Indian journal of veterinary science and animal husbandry - Volumes 22-23, 1952-1953
Year: 1952
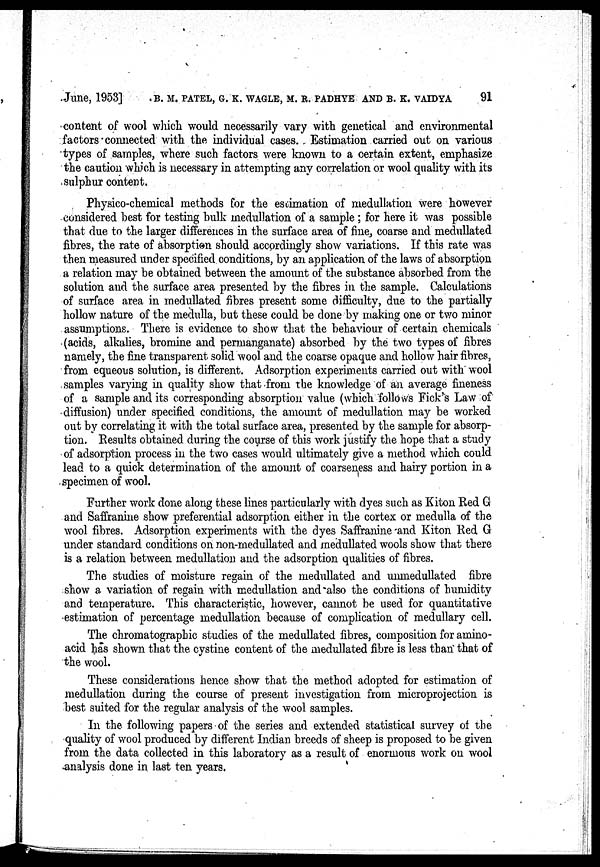
June, 1953] B. M. PATEL, G. K. WAGLE, M. R. PADHYE AND B. K. VAIDYA 91
content of wool which would necessarily vary with genetical and environmental
factors connected with the individual cases. Estimation carried out on various
types of samples, where such factors were known to a certain extent, emphasize
the caution which is necessary in attempting any correlation or wool quality with its
sulphur content.
Physico-chemical methods for the estimation of medullation were however
considered best for testing bulk medullation of a sample ; for here it was possible
that due to the larger differences in the surface area of fine, coarse and medullated
fibres, the rate of absorption should accordingly show variations. If this rate was
then measured under specified conditions, by an application of the laws of absorption
a relation may be obtained between the amount of the substance absorbed from the
solution and the surface area presented by the fibres in the sample. Calculations
of surface area in medullated fibres present some difficulty, due to the partially
hollow nature of the medulla, but these could be done by making one or two minor
assumptions. There is evidence to show that the behaviour of certain chemicals
(acids, alkalies, bromine and permanganate) absorbed by the two types of fibres
namely, the fine transparent solid wool and the coarse opaque and hollow hair fibres,
from equeous solution, is different. Adsorption experiments carried out with wool
samples varying in quality show that from the knowledge of an average fineness
of a sample and its corresponding absorption value (which "follows Fick's Law of
•diffusion) under specified conditions, the amount of medullation may be worked
out by correlating it with the total surface area, presented by the sample for absorp-
tion. Results obtained during the course of this work justify the hope that a study
of adsorption process in the two cases would ultimately give a method which could
lead to a quick determination of the amount of coarseness and hairy portion in a
specimen of wool.
Further work done along these lines particularly with dyes such as Kiton Red G
and Saffranine show preferential adsorption either in the cortex or medulla of the
wool fibres. Adsorption experiments with the dyes Saffranine and Kiton Red G
under standard conditions on non-medullated and medullated wools show that there
is a relation between medullation and the adsorption qualities of fibres.
The studies of moisture regain of the medullated and unmedullated fibre
show a variation of regain with medullation and also the conditions of humidity
and temperature. This characteristic, however, cannot be used for quantitative
estimation of percentage medullation because of complication of medullary cell.
The chromatographic studies of the medullated fibres, composition for amino-
acid has shown that the cystine content of the medullated fibre is less than that of
the wool.
These considerations hence show that the method adopted for estimation of
medullation during the course of present investigation from microprojection is
best suited for the regular analysis of the wool samples.
In the following papers of the series and extended statistical survey of the
quality of wool produced by different Indian breeds of sheep is proposed to be given
from the data collected in this laboratory as a result of enormous work on wool
analysis done in last ten years.